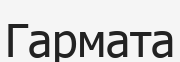
Гармата